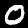
Digit: 0